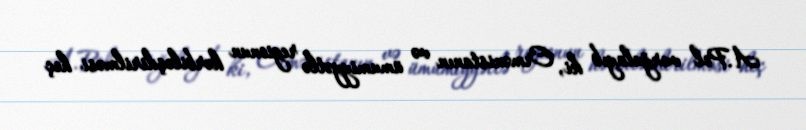
A.Pol vurğulayıb ki, Ermənistanın və ümumiyyətlə regionun hərbiləşdirilməsi heç